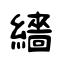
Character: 繬